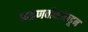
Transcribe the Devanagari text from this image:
फडणवीसांकडून